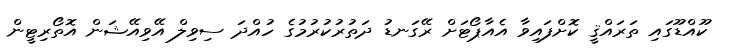
ކޫއްޑޫގައި ތަރައްޤީ ކޮށްފައިވާ އެއާޕޯޓަށް ރޭގަނޑު ދަތުރުކުރުމުގެ ހުއްދަ ސިވިލް އޭވިއޭޝަން އޮތޯރިޓީން